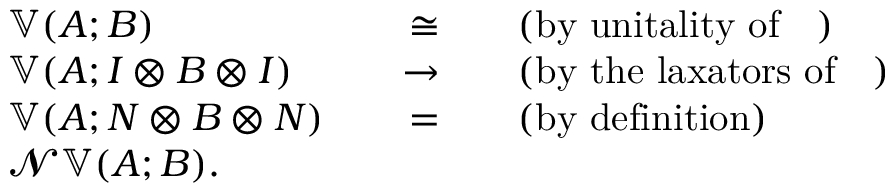
\begin{array} { r l r l } & { 𝕍 ( A ; B ) } & { \quad \cong } & { \quad \mathrm { ( b y ~ u n i t a l i t y ~ o f ~ 𝕍 ~ ) } } \\ & { 𝕍 ( A ; I ⊗ B ⊗ I ) } & { \quad \to } & { \quad \mathrm { ( b y ~ t h e ~ l a x a t o r s ~ o f ~ 𝕍 ~ ) } } \\ & { 𝕍 ( A ; N ⊗ B ⊗ N ) } & { \quad = } & { \quad \mathrm { ( b y ~ d e f i n i t i o n ) } } \\ & { 𝓝 𝕍 ( A ; B ) . } \end{array}